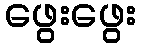
ဖွေးဖွေး